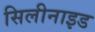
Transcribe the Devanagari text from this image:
सिलीनाइड